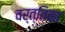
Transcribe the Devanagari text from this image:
वर्त्तिका